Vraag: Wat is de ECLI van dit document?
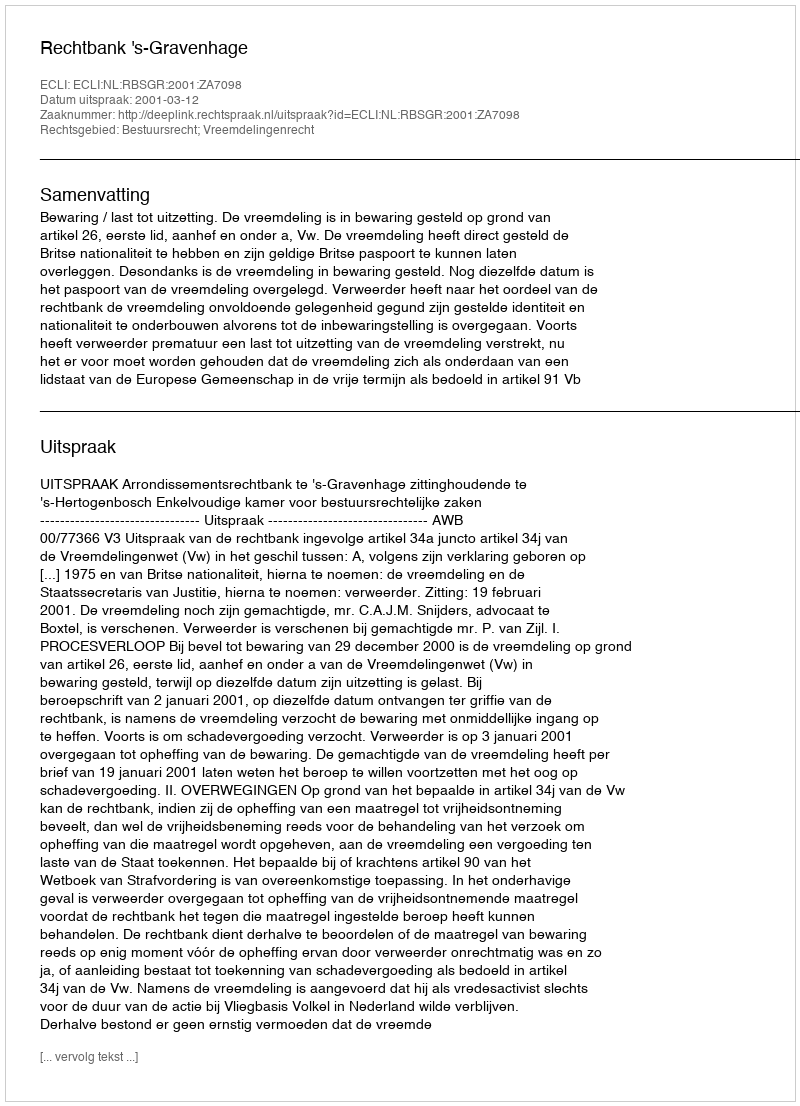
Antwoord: ECLI:NL:RBSGR:2001:ZA7098